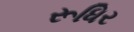
રૂધિર